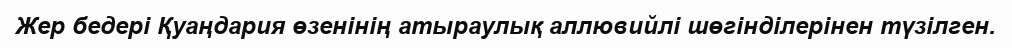
Жер бедері Қуаңдария өзенінің атыраулық аллювийлі шөгінділерінен түзілген.